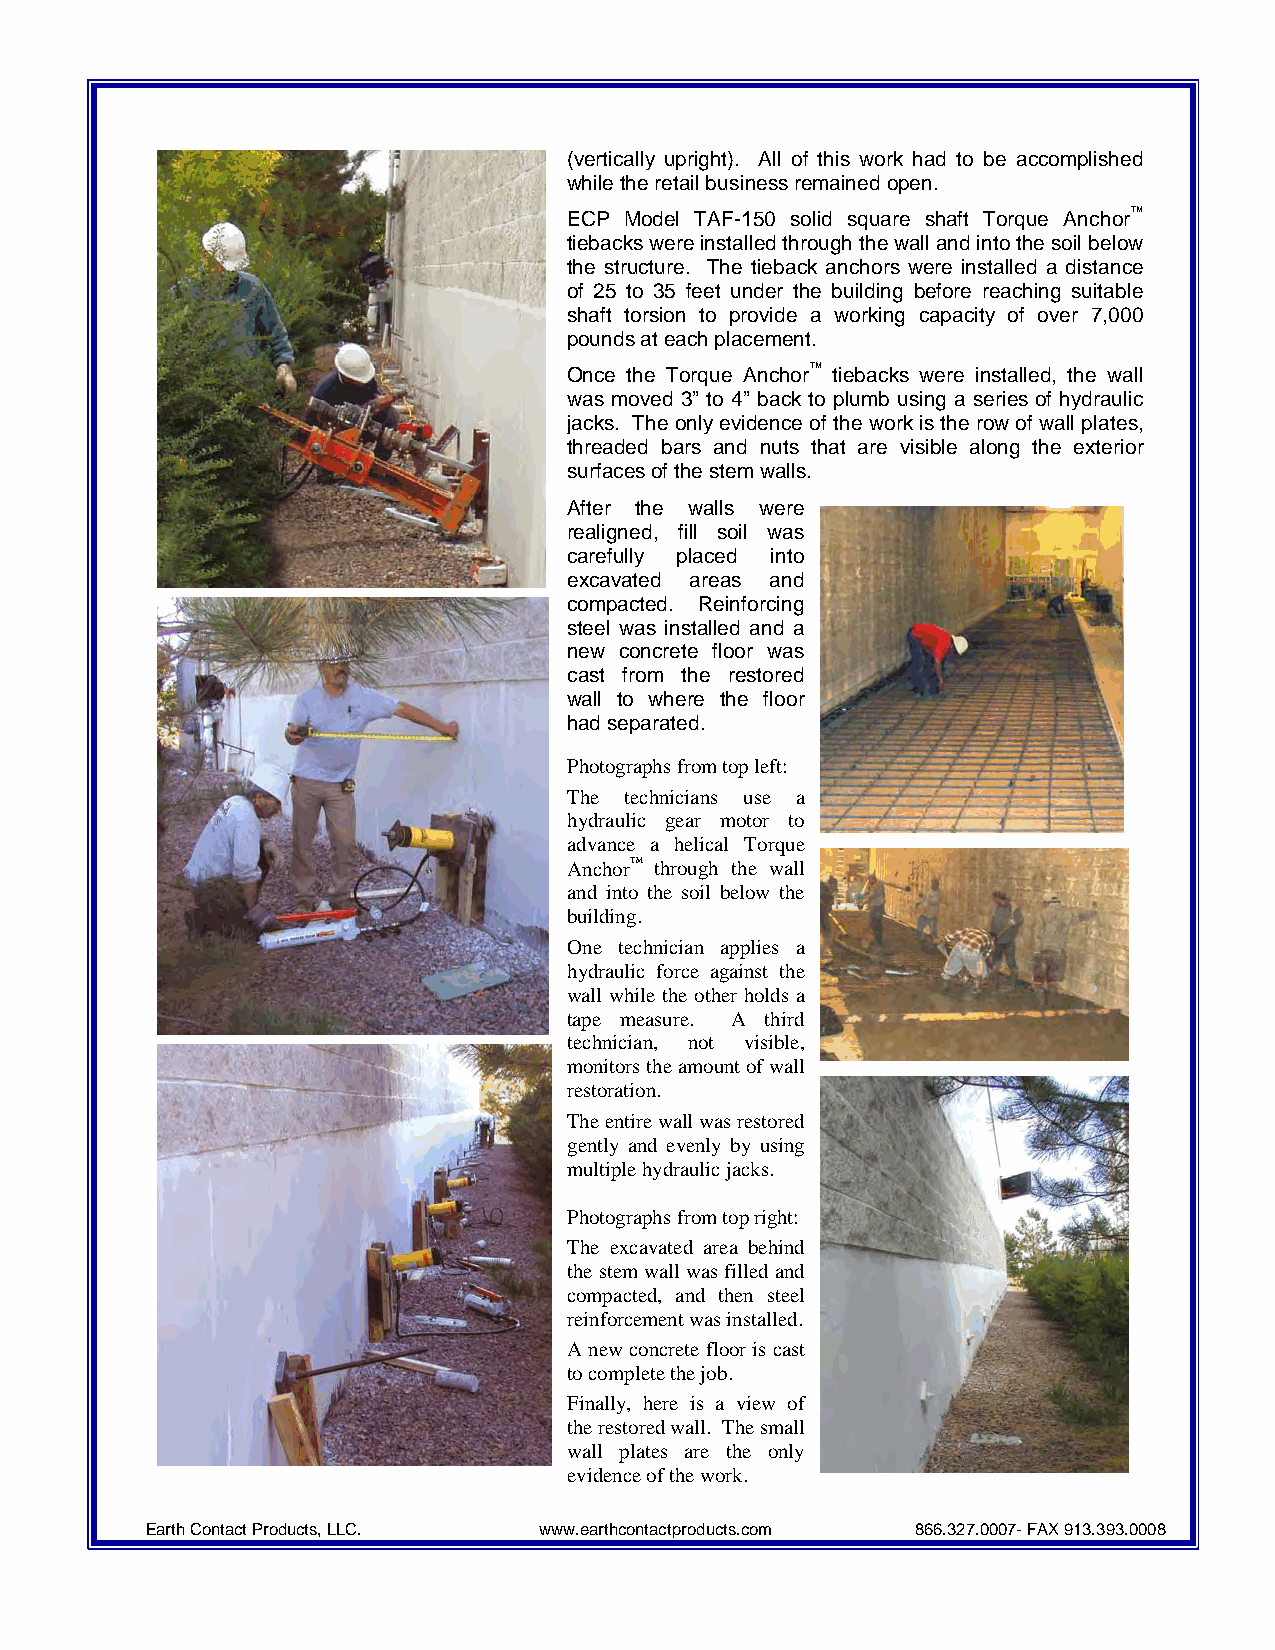
(vertically upright). All of this work had to be accomplished
 while the retail business remained open.
 ECP Model TAF-150 solid square shaft Torque Anchor™
 tiebacks were installed through the wall and into the soil below
 the structure. The tieback anchors were installed a distance
 of 25 to 35 feet under the building before reaching suitable
 shaft torsion to provide a working capacity of over 7,000
 pounds at each placement.
 Once the Torque Anchor™ tiebacks were installed, the wall
 was moved 3” to 4” back to plumb using a series of hydraulic
 jacks. The only evidence of the work is the row of wall plates,
 threaded bars and nuts that are visible along the exterior
 surfaces of the stem walls.
 After the walls were
 realigned, fill soil was
 carefully placed into
 excavated areas and
 compacted. Reinforcing
 steel was installed and a
 new concrete floor was
 cast from the restored
 wall to where the floor
 had separated.
 Photographs from top left:
 The technicians use a
 hydraulic gear motor to
 advance a helical Torque
 Anchor™ through the wall
 and into the soil below the
 building.
 One technician applies a
 hydraulic force against the
 wall while the other holds a
 tape measure. A third
 technician, not visible,
 monitors the amount of wall
 restoration.
 The entire wall was restored
 gently and evenly by using
 multiple hydraulic jacks.
 Photographs from top right:
 The excavated area behind
 the stem wall was filled and
 compacted, and then steel
 reinforcement was installed.
 A new concrete floor is cast
 to complete the job.
 Finally, here is a view of
 the restored wall. The small
 wall plates are the only
 evidence of the work.
 Earth Contact Products, LLC. www.earthcontactproducts.com 866.327.0007- FAX 913.393.0008